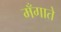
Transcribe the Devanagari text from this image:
मँगाते